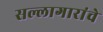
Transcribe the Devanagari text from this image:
सल्लागारांचे